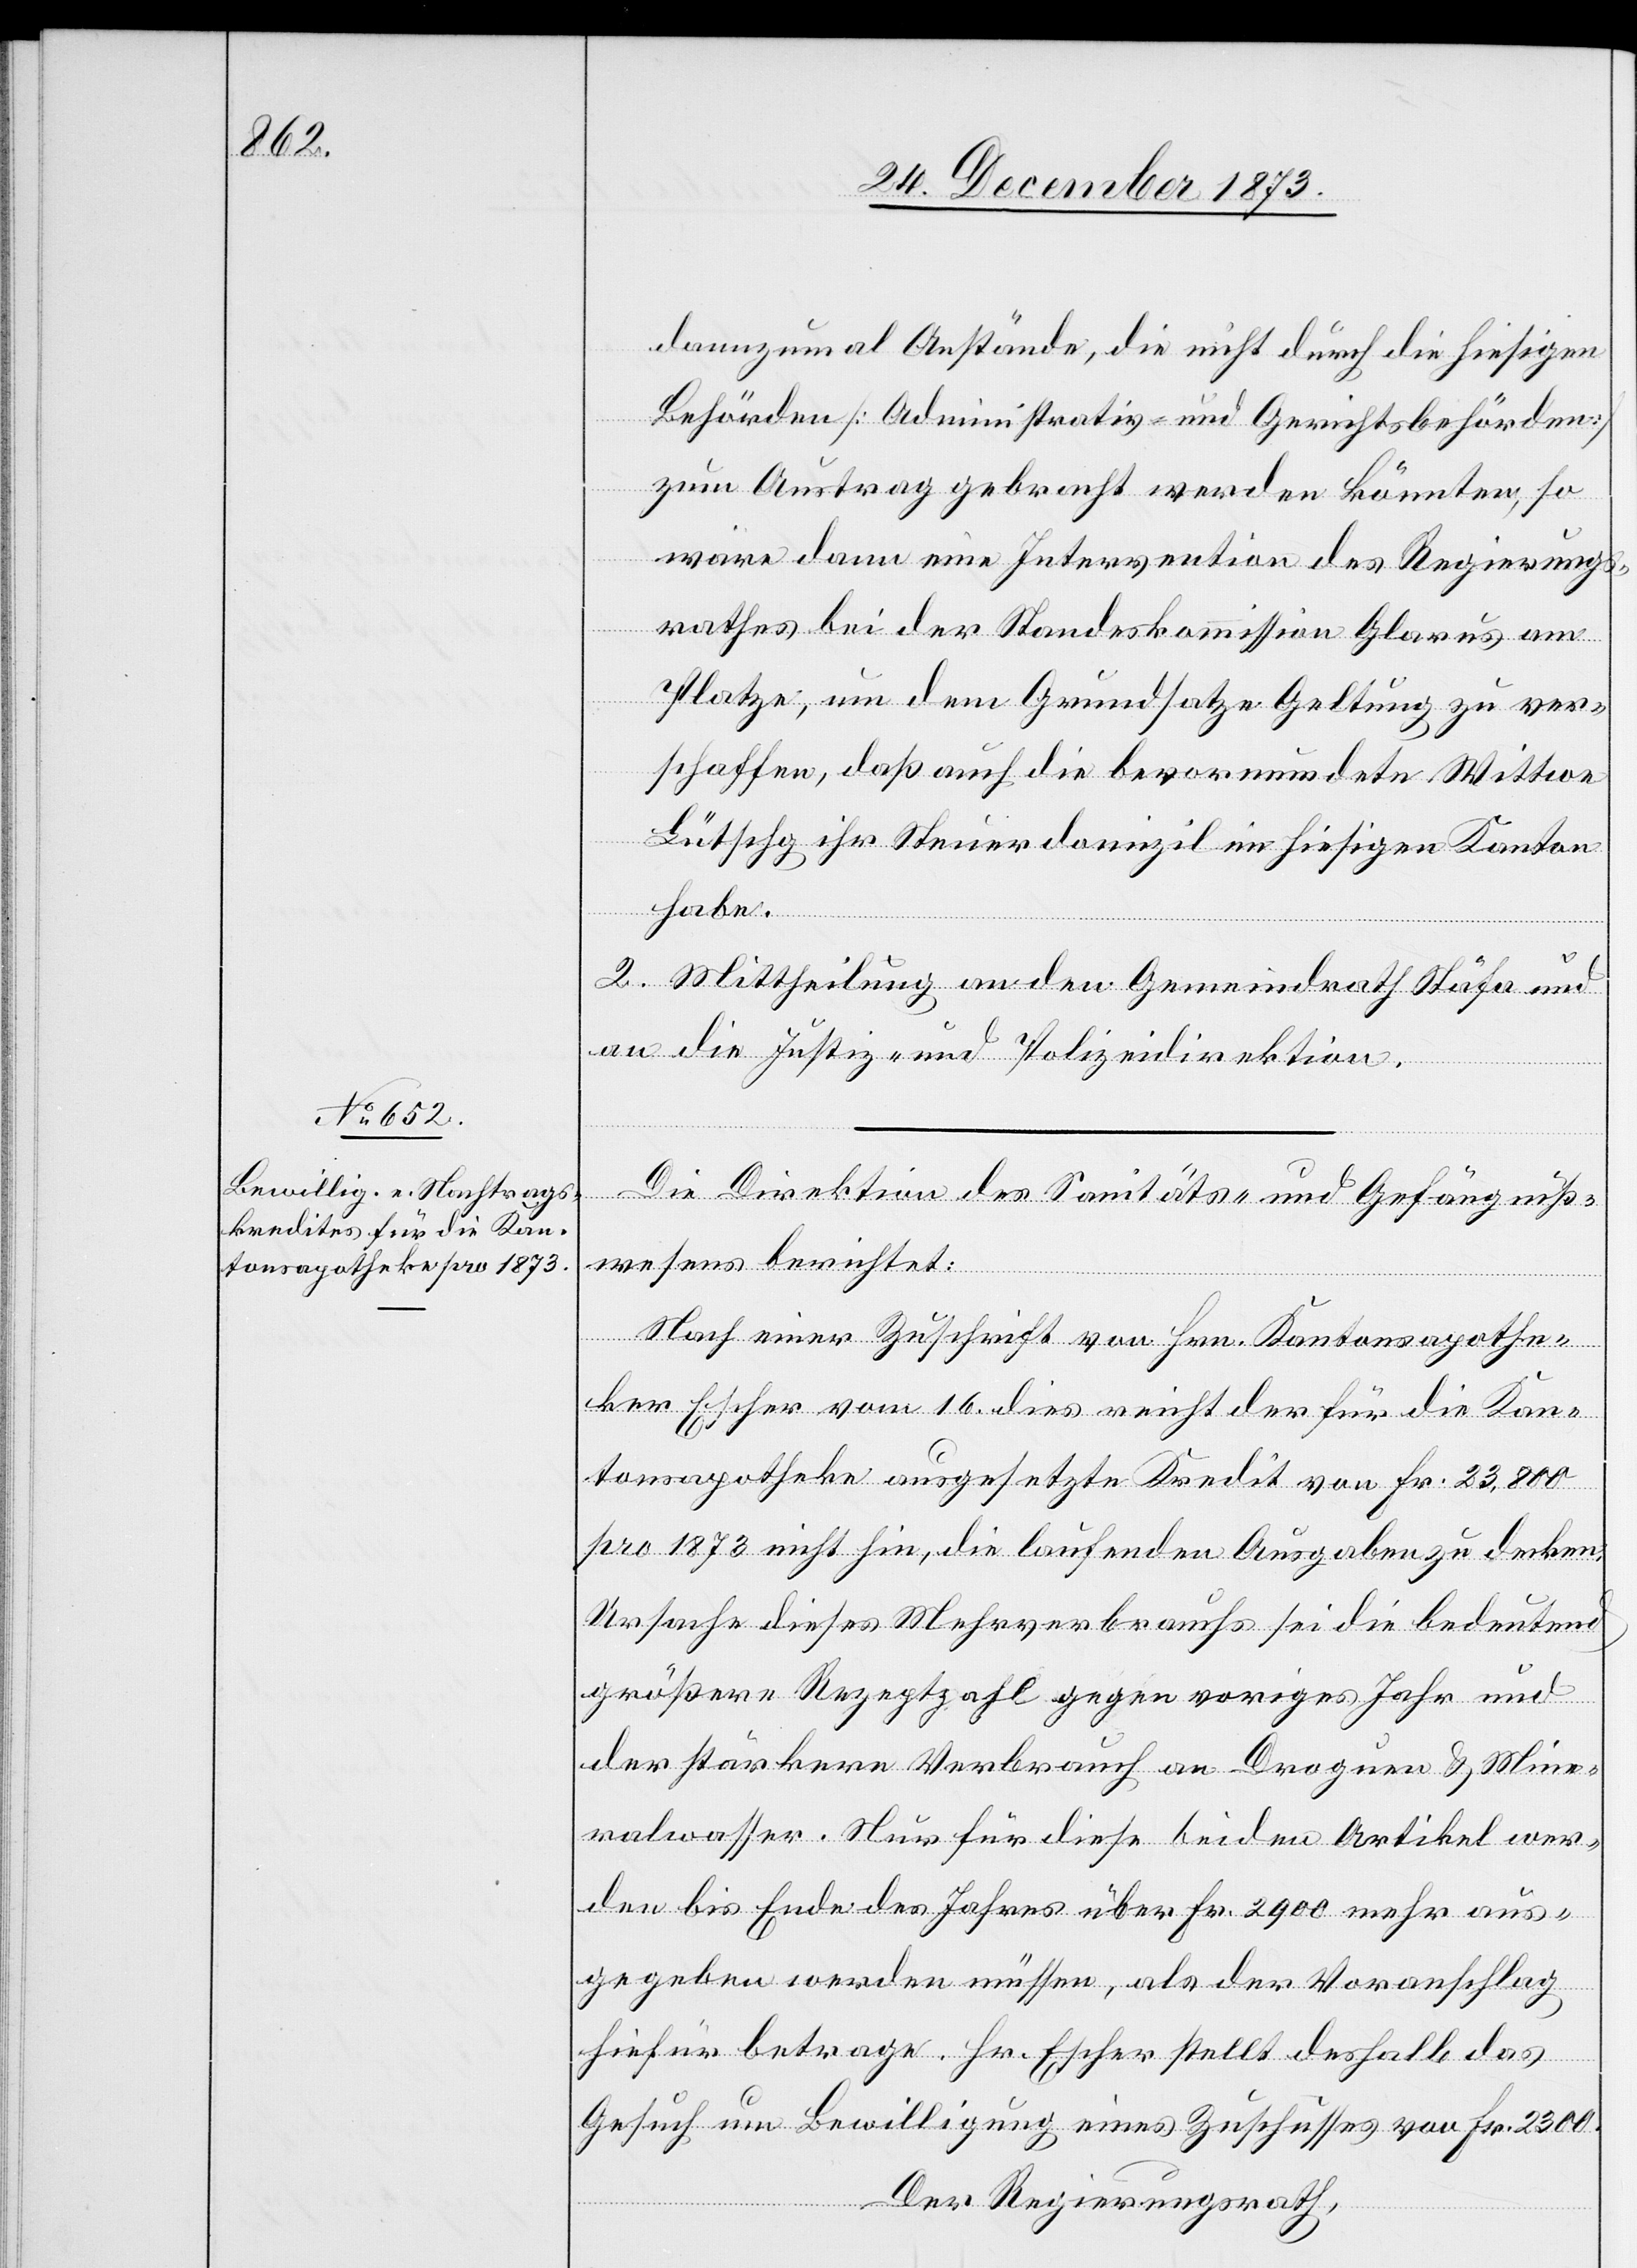
dannzumal Anstände, die nicht durch die hiesigen
Behörden [Administrativ- und Gerichtsbehörden]
zum Austrag gebracht werden könnten, so
wäre dann eine Intervention des Regierungs¬
rathes bei der Standeskommission Glarus am
Platze, um dem Grundsatze Geltung zu ver¬
schaffen, daß auch die bevormundete Wittwe
Lütschg ihr Steuerdomizil im hiesigen Kanton
habe.
2. Mittheilung an den Gemeindrath Stäfa und
an die Justiz- und Polizeidirektion.
Die Direktion des Sanitäts- und Gefängniß¬
wesens berichtet:
Nach einer Zuschrift von Hrn. Kantonsapothe¬
ker Escher vom 16. dies reicht der für die Kan¬
tonsapotheke ausgesetzte Kredit von Fr. 23,800
pro 1873 nicht hin, die laufenden Ausgaben zu decken.
Ursache dieses Mehrverbrauchs sei die bedeutend
größere Rezeptzahl gegen voriges Jahr und
der stärkere Verbrauch an Droguen & Mine¬
ralwasser. Nur für diese beiden Artikel wer¬
den bis Ende des Jahres über Fr. 2 900 mehr aus¬
gegeben werden müssen, als der Voranschlag
hiefür betrage. Hr. Escher stellt deshalb das
Gesuch um Bewilligung eines Zuschusses von Fr. 2 300.
Der Regierungsrath,